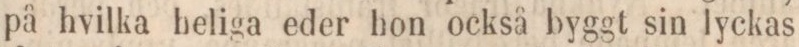
på hvilka heliga eder hon också byggt sin lyckas